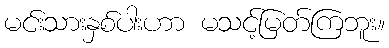
မင်းသားနှစ်ပါးဟာ မသင့်မြတ်ကြဘူး။